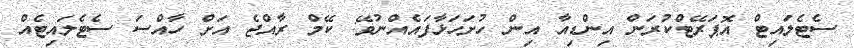
ސެޓެލައިޓް އޮޕަރޭޓްކުރަން އިންޑިއާ އިން ހުށަހަޅާފައެއްނުވޭ: ކޭމް ރާއްޖެ އަށް ހާއްސަ ސެޓެލައިޓެއް